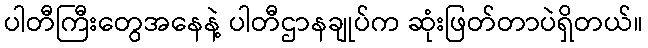
ပါတီကြီးတွေအနေနဲ့ ပါတီဌာနချုပ်က ဆုံးဖြတ်တာပဲရှိတယ်။